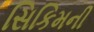
સિકિમની